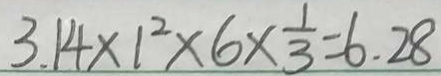
3 . 1 4 \times 1 ^ { 2 } \times 6 \times \frac { 1 } { 3 } = 6 . 2 8